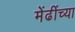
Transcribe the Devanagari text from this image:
मेंढींच्या